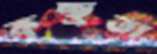
কৃচ্ছ্রতা